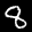
Label: 8